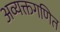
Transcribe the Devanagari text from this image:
अव्यक्तगणित